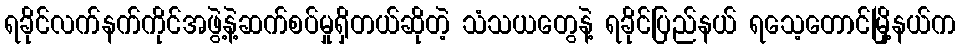
ရခိုင်လက်နက်ကိုင်အဖွဲ့နဲ့ဆက်စပ်မှုရှိတယ်ဆိုတဲ့ သံသယတွေနဲ့ ရခိုင်ပြည်နယ် ရသေ့တောင်မြို့နယ်က